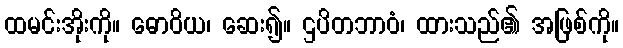
ထမင်းအိုးကို။ ဓောဝိယ၊ ဆေး၍။ ဌပိတဘာဝံ၊ ထားသည်၏ အဖြစ်ကို။